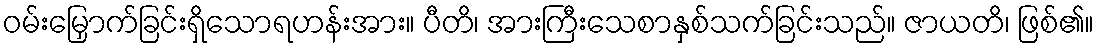
ဝမ်းမြှောက်ခြင်းရှိသောရဟန်းအား။ ပီတိ၊ အားကြီးသေစာနှစ်သက်ခြင်းသည်။ ဇာယတိ၊ ဖြစ်၏။